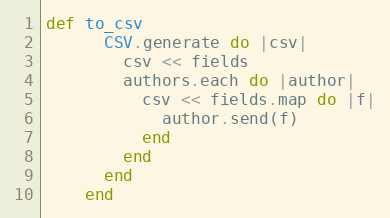
Language: Ruby
def to_csv
      CSV.generate do |csv|
        csv << fields
        authors.each do |author|
          csv << fields.map do |f|
            author.send(f)
          end
        end
      end
    end